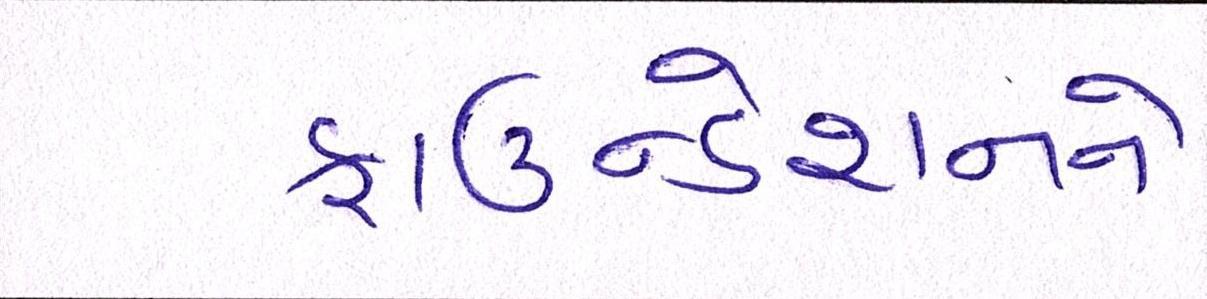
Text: ફાઉન્ડેશનને